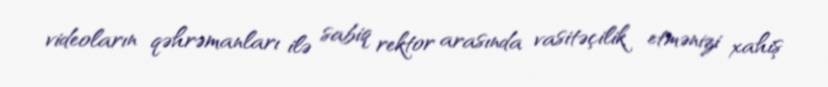
videoların qəhrəmanları ilə sabiq rektor arasında vasitəçilik etmənizi xahiş